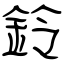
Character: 鈴